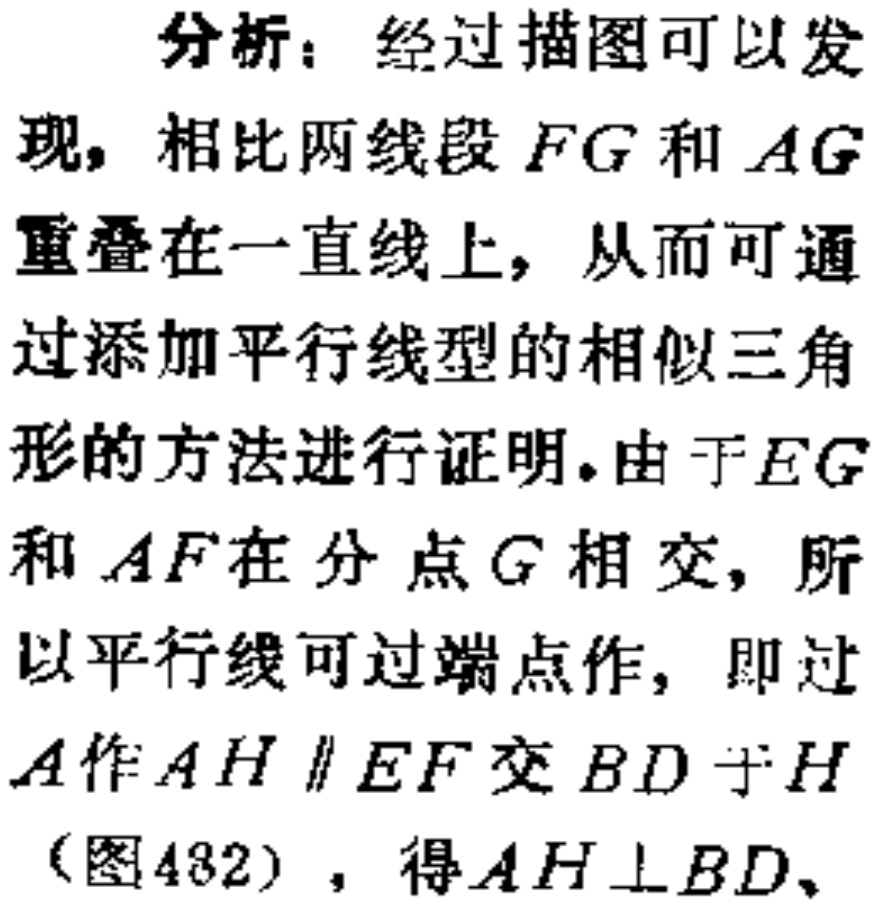
分析：经过描图可以发现，相比两线段 \(FG\) 和 \(AG\) 重叠在一直线上，从而可通过添加平行线型的相似三角形的方法进行证明。由于 \(EG\) 和 \(AF\) 在分点 \(G\) 相交，所以平行线可过端点作，即过 \(A\) 作 \(AH \parallel EF\) 交 \(BD\) 于 \(H\)（图432），得 \(AH \perp BD\)、